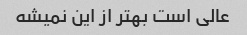
عالی است بهتر از این نمیشه